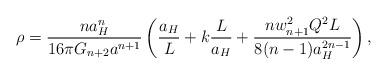
LaTeX: \begin{align*}\rho={{na^n_H}\over{16\pi G_{n+2}a^{n+1}}}\left({a_H\over L}+k{L\over a_H}+{{nw^2_{n+1}Q^2L}\over{8(n-1)a^{2n-1}_H}}\right),\end{align*}